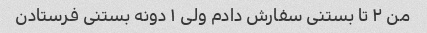
من ٢ تا بستنى سفارش دادم ولى ١ دونه بستنى فرستادن